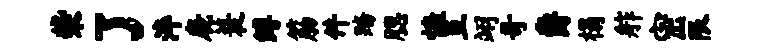
柴了淬鹿蓑缚筋件踏腮慷亘翊哥爵榻舴密限